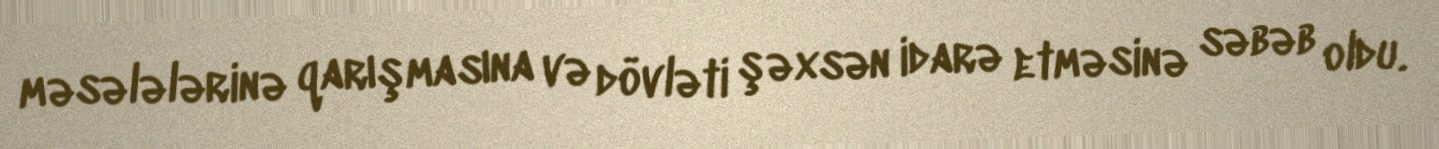
məsələlərinə qarışmasına və dövləti şəxsən idarə etməsinə səbəb oldu.